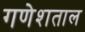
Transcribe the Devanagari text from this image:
गणेशताल